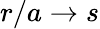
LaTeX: r/a\rightarrow s